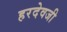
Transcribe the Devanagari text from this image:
हरदेवजी